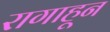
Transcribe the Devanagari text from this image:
रागाहून